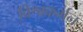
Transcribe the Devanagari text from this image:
विश्वकर्मन